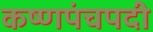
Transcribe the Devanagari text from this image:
कष्णपंचपदी